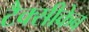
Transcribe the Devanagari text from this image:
टैक्सीकेब